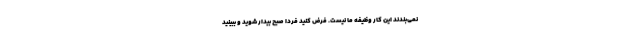
نمی‌بندند این کار وظیفه ما نیست. فرض کنید فردا صبح بیدار شوید و ببینید